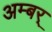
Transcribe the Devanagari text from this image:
अम्बर्